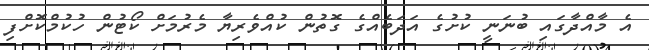
އެ މާއްދާގައި ބުނަނީ ކުށުގެ އަދަބެއްގެ ގޮތުން ކުއްވެރިޔާ މެރުމަށް ކޯޓުން ހުކުމްކޮށްފި